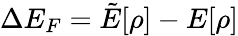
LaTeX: \Delta E_{F}=\tilde{E}[\rho]-E[\rho]